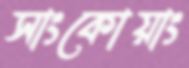
সাংকোয়াং